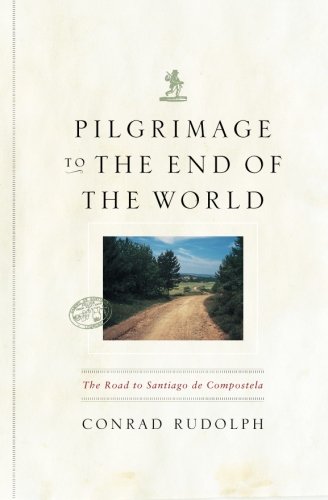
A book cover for Pilgrimage to the End of the World: The Road to Santiago de Compostela (Culture Trails: Adventures in Travel); Conrad Rudolph; Arts & Photography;